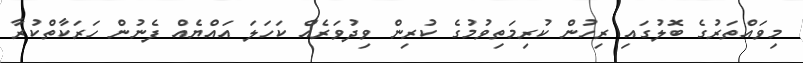
މިވައްތަރުގެ ބޮލުގައި ރިހުން ކުރިމަތިވުމުގެ ކުރިން ވިދުވަރެއް ކަހަލަ އައްޔެއް ފެނުން ހަރަކާތްކުރާ